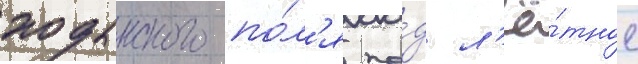
ходынского по́л'я по́д л'ё́тное